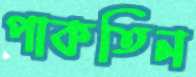
পাকতিন